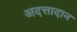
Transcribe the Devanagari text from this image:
अदत्तादान